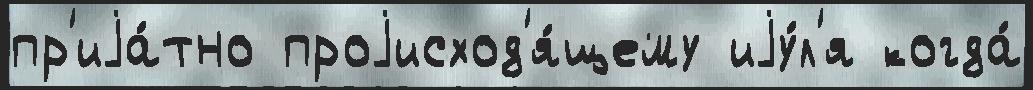
пр'иjа́тно проjисход'я́щему иjу́л'я когда́